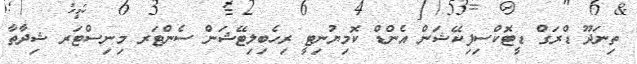
ތިނަދޫ ޑްރަގް ޑީޓޮކްސިފިކޭޝަން އެންޑް ކޮމިޔުނިޓީ ރިހެބިލިޓޭޝަން ސެންޓަރ މިނިސްޓަރ ޝިދާތާ